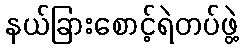
နယ်ခြားစောင့်ရဲတပ်ဖွဲ့